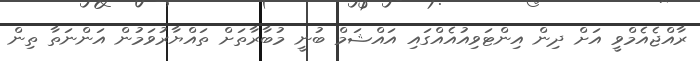
ރާއްޖެއެމްވީ އަށް ދިން އިންޓަވިއުއެއްގައި އައްޝަމް ބުނީ މުބާރާތަށް ތައްޔާރުވަމުން އަންނަތާ ތިން